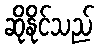
ဆိုနိုင်သည်